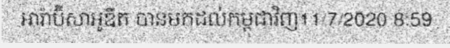
អារ៉ាប៊ីសាអូឌីត បានមកដល់កម្ពុជាវិញ11/7/2020 8:59